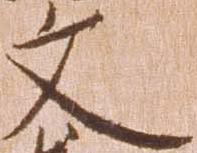
文